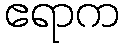
ဧရာက